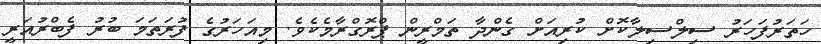
ހަތަރުފަހަރު ސިލްސިލާކޮށް ކުރިއަށް ގެންދާ ތަމްރީން ޕްރޮގްރާމެކެވެ. މިއަހަރުގެ ފުރަތަމަ ބުރު ފެބްރުއަރީ